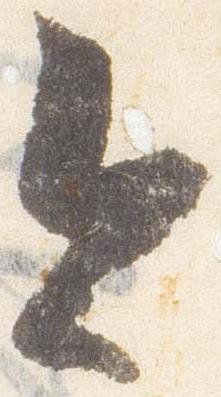
今